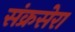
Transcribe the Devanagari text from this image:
संक्रसेरा